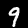
Label: 9